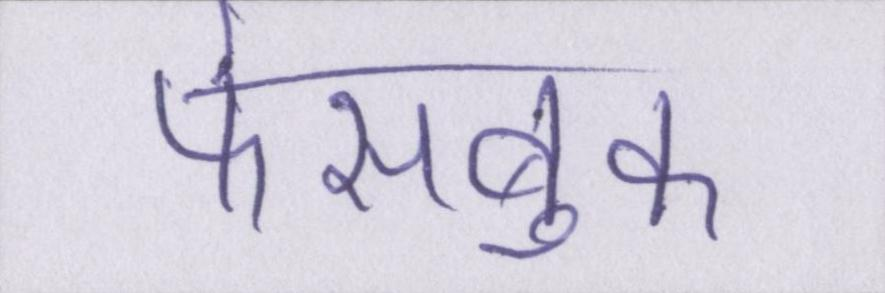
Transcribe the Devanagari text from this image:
फेसबुक